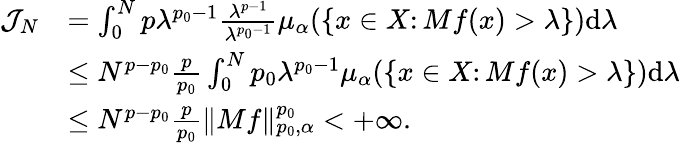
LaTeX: \begin{array}{rl}{\mathcal{J}_{N}}&{=\int_{0}^{N}p\lambda^{p_{0}-1}\frac{\lambda^{p-1}}{\lambda^{p_{0}-1}}\mu_{\alpha}(\{ x\in X\colon Mf(x)>\lambda\} )\mathrm{d}\lambda}\\ &{\leq N^{p-p_{0}}\frac{p}{p_{0}}\int_{0}^{N}p_{0}\lambda^{p_{0}-1}\mu_{\alpha}(\{ x\in X\colon Mf(x)>\lambda\} )\mathrm{d}\lambda}\\ &{\leq N^{p-p_{0}}\frac{p}{p_{0}}\| Mf\| _{p_{0},\alpha}^{p_{0}}<+\infty.}\end{array}